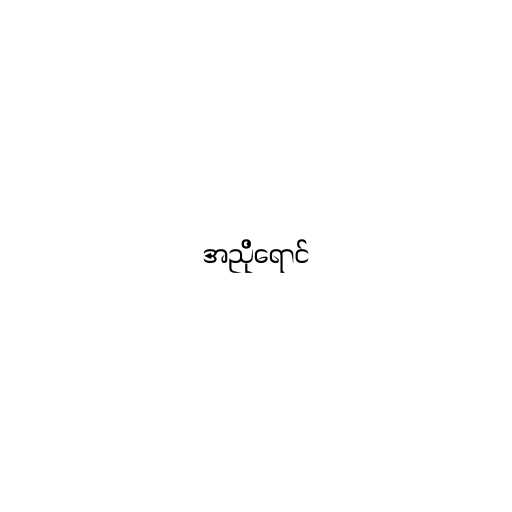
အညိုရောင်